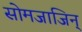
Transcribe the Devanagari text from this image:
सोमजाजिन्